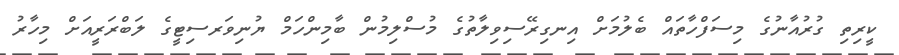
ކީރިތި ގުރުއާނުގެ މިސަފްހާތައް ބެލުމަށް އިނގިރޭސިވިލާތުގެ މުސްލިމުން ބާމިންހަމް ޔުނިވަރސިޓީގެ ލަބްރަރީއަށް މިހާރު